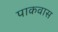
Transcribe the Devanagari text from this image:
पाकवास